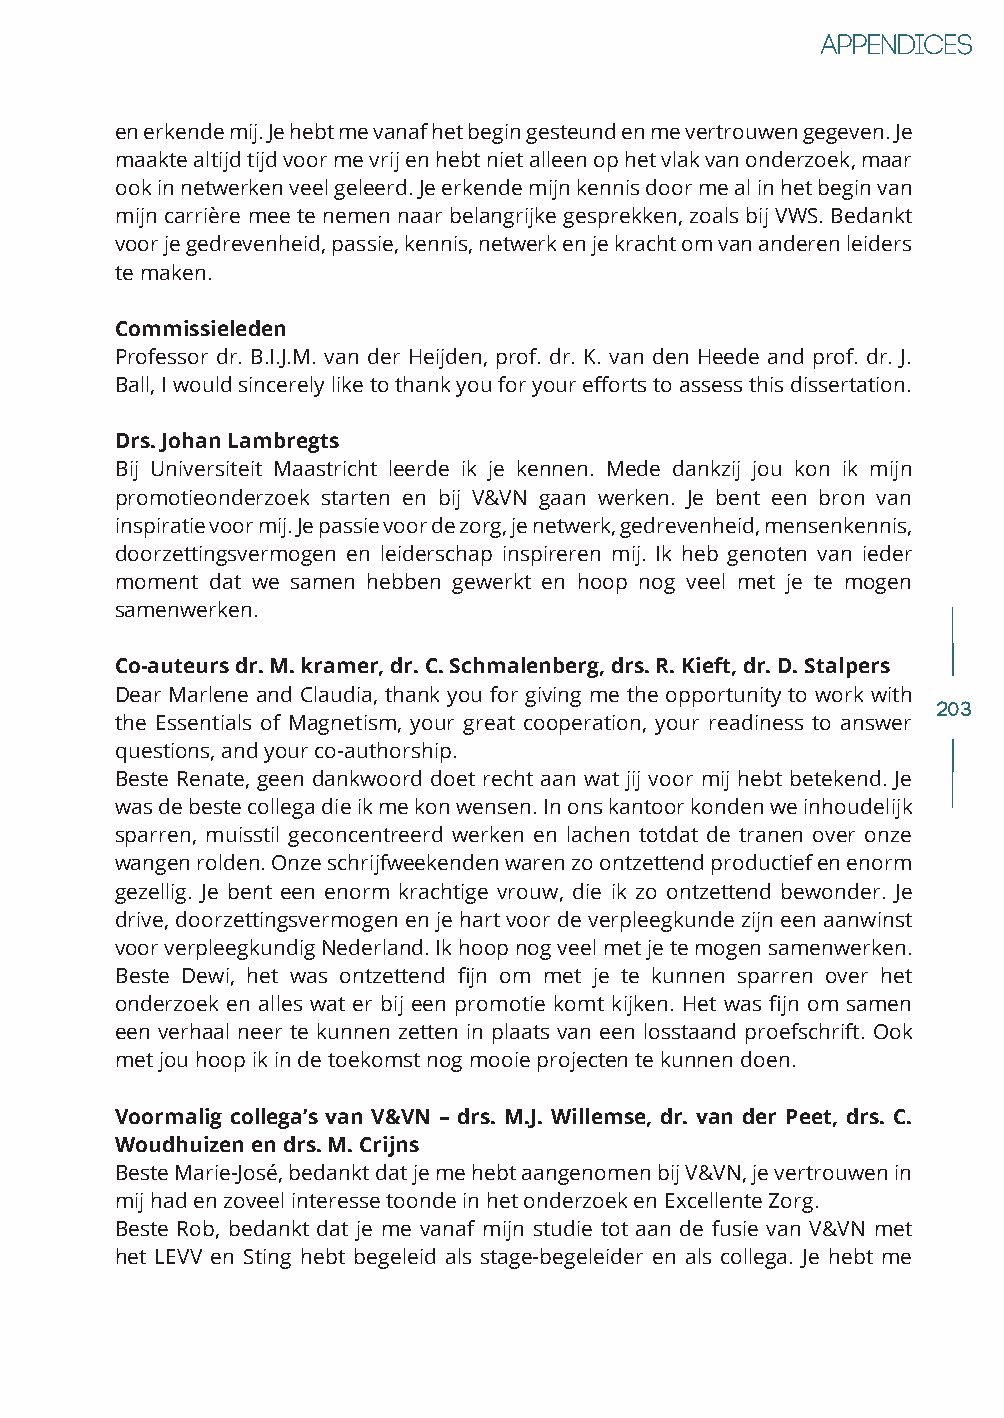
en erkende mij. Je hebt me vanaf het begin gesteund en me vertrouwen gegeven. Je
 maakte altijd tijd voor me vrij en hebt niet alleen op het vlak van onderzoek, maar
 ook in netwerken veel geleerd. Je erkende mijn kennis door me al in het begin van
 mijn carrière mee te nemen naar belangrijke gesprekken, zoals bij VWS. Bedankt
 voor je gedrevenheid, passie, kennis, netwerk en je kracht om van anderen leiders
 te maken.
 Commissieleden
 Professor dr. B.I.J.M. van der Heijden, prof. dr. K. van den Heede and prof. dr. J.
 Ball, I would sincerely like to thank you for your efforts to assess this dissertation.
 Drs. Johan Lambregts
 Bij Universiteit Maastricht leerde ik je kennen. Mede dankzij jou kon ik mijn
 promotieonderzoek starten en bij V&VN gaan werken. Je bent een bron van
 inspiratie voor mij. Je passie voor de zorg, je netwerk, gedrevenheid, mensenkennis,
 doorzettingsvermogen en leiderschap inspireren mij. Ik heb genoten van ieder
 moment dat we samen hebben gewerkt en hoop nog veel met je te mogen
 samenwerken.
 Co-auteurs dr. M. kramer, dr. C. Schmalenberg, drs. R. Kieft, dr. D. Stalpers
 Dear Marlene and Claudia, thank you for giving me the opportunity to work with
 203
 the Essentials of Magnetism, your great cooperation, your readiness to answer
 questions, and your co-authorship.
 Beste Renate, geen dankwoord doet recht aan wat jij voor mij hebt betekend. Je
 was de beste collega die ik me kon wensen. In ons kantoor konden we inhoudelijk
 sparren, muisstil geconcentreerd werken en lachen totdat de tranen over onze
 wangen rolden. Onze schrijfweekenden waren zo ontzettend productief en enorm
 gezellig. Je bent een enorm krachtige vrouw, die ik zo ontzettend bewonder. Je
 drive, doorzettingsvermogen en je hart voor de verpleegkunde zijn een aanwinst
 voor verpleegkundig Nederland. Ik hoop nog veel met je te mogen samenwerken.
 Beste Dewi, het was ontzettend fijn om met je te kunnen sparren over het
 onderzoek en alles wat er bij een promotie komt kijken. Het was fijn om samen
 een verhaal neer te kunnen zetten in plaats van een losstaand proefschrift. Ook
 met jou hoop ik in de toekomst nog mooie projecten te kunnen doen.
 Voormalig collega’s van V&VN – drs. M.J. Willemse, dr. van der Peet, drs. C.
 Woudhuizen en drs. M. Crijns
 Beste Marie-José, bedankt dat je me hebt aangenomen bij V&VN, je vertrouwen in
 mij had en zoveel interesse toonde in het onderzoek en Excellente Zorg.
 Beste Rob, bedankt dat je me vanaf mijn studie tot aan de fusie van V&VN met
 het LEVV en Sting hebt begeleid als stage-begeleider en als collega. Je hebt me